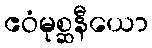
ဧဝံမုစ္ဆနီယော